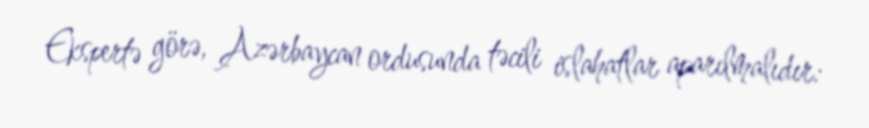
Ekspertə görə, Azərbaycan ordusunda təcili islahatlar aparılmalıdır: